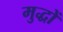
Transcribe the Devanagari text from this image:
मुद्धों